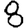
Digit: 8